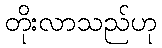
တိုးလာသည်ဟု